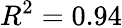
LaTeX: R^{2}=0.94